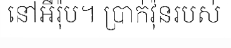
នៅអឺរ៉ុប។ ប្រាក់វ៉ុនរបស់